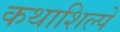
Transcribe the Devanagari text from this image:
कथाशिल्पे